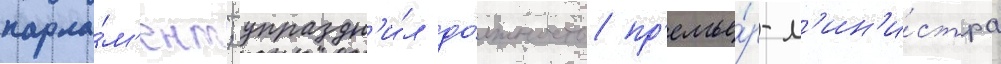
парла́м'ент; упраздн'и́л до́лжность пр'емье́р-м'ин'и́стра